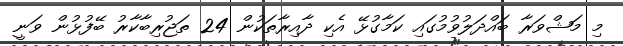
މި މަޝްވަރާ ބައްދަލުވުމުގައި ކަމާގުޅޭ އެކި ދާއިރާތަކުން 24 ތަޖުރިބާކާރު ބޭފުޅުން ވަނީ